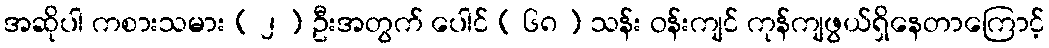
အဆိုပါ ကစားသမား ( ၂ ) ဦးအတွက် ပေါင် ( ၆၈ ) သန်း ဝန်းကျင် ကုန်ကျဖွယ်ရှိနေတာကြောင့်